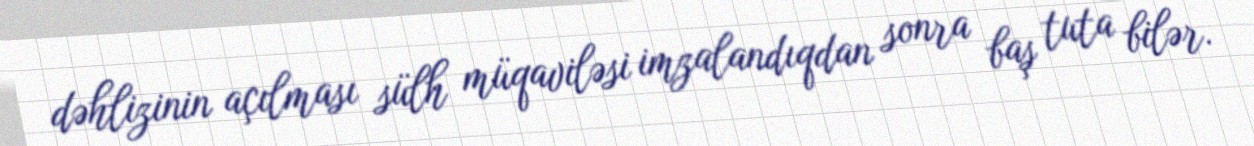
dəhlizinin açılması sülh müqaviləsi imzalandıqdan sonra baş tuta bilər.